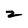
Character: Z